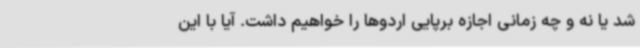
شد یا نه و چه زمانی اجازه برپایی اردوها را خواهیم داشت. آیا با این